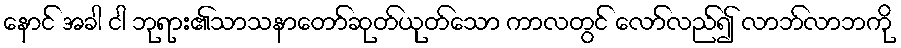
နောင် အခါ ငါ ဘုရား၏သာသနာတော်ဆုတ်ယုတ်သော ကာလတွင် လော်လည်၍ လာဘ်လာဘကို